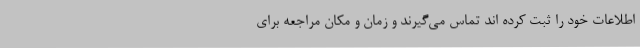
اطلاعات خود را ثبت کرده اند تماس می‌گیرند و زمان و مکان مراجعه برای